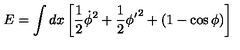
E = \int d x \left[ \frac { 1 } { 2 } \dot { \phi } ^ { 2 } + \frac { 1 } { 2 } { \phi ^ { \prime } } ^ { 2 } + ( 1 - \cos \phi ) \right]